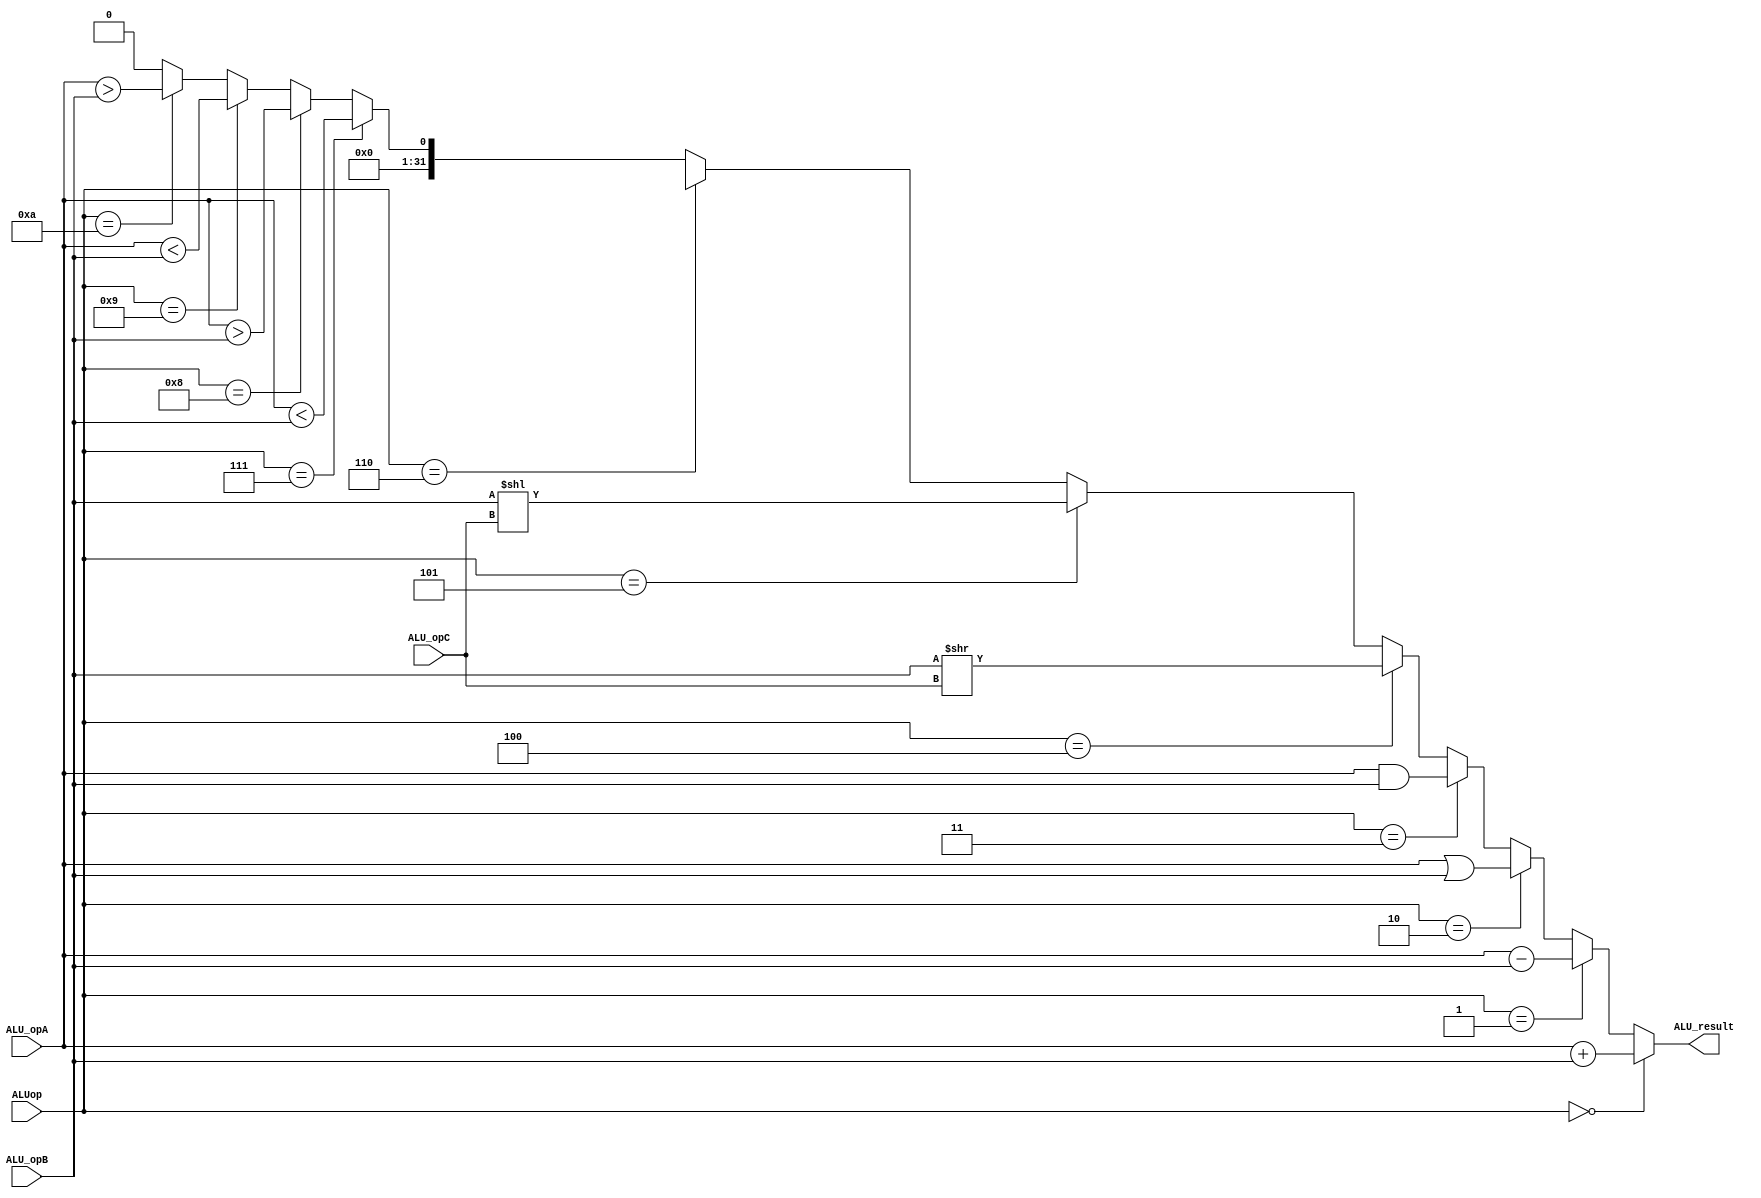
`timescale 1ns / 1ps
//////////////////////////////////////////////////////////////////////////////////
// Company: 
// Engineer: 
// 
// Design Name: 
// Module Name:    ALU 
// Project Name: 
// Target Devices: 
// Tool versions: 
// Description: 
//
// Dependencies: 
//
// Revision: 
// Revision 0.01 - File Created
// Additional Comments: 
//
//////////////////////////////////////////////////////////////////////////////////
module ALU(
    input [31:0] ALU_opA,
    input [31:0] ALU_opB,
    input [4:0] ALU_opC,
    input [4:0] ALUop,
    output [31:0] ALU_result
    );
	 
	 wire [31:0] archshift;
	 wire [31:0] high;
	 wire [31:0] low;
	 
	 
	 
	 assign high = ($signed(ALU_opA) > $signed(ALU_opB));  //  A > B
 	 assign low = ($signed(ALU_opA) < $signed(ALU_opB));  //  A < B
	 assign archishift = $signed(ALU_opB) >>> $signed(ALU_opC);
	 
	 
	 
	 
	// 00000A+B 00001A-B 00010AB 00011AB 00100BC; 00101: BC; 00110: BC; 
	// 00111A<?B; 01000: A>?B;  01001A<?B; 01010: A>?B
	 assign ALU_result = (ALUop == 5'd0) ? (ALU_opA + ALU_opB) :
	                     (ALUop == 5'd1) ? (ALU_opA - ALU_opB) : 
								(ALUop == 5'd2) ? (ALU_opA | ALU_opB) :
								(ALUop == 5'd3) ? (ALU_opA & ALU_opB) :
								(ALUop == 5'd4) ? (ALU_opB >> ALU_opC) :
								(ALUop == 5'd5) ? (ALU_opB << ALU_opC) :
								(ALUop == 5'd6) ? archshift : 
								(ALUop == 5'd7) ? low :
								(ALUop == 5'd8) ? high :
								(ALUop == 5'd9) ? (ALU_opA < ALU_opB) :
								(ALUop == 5'd10) ? (ALU_opA > ALU_opB) :
								                  32'd0;


endmodule